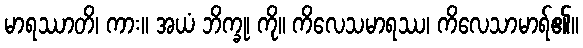
မာရဿာတိ၊ ကား။ အယံ ဘိက္ခု၊ ကို။ ကိလေသမာရဿ၊ ကိလေသာမာရ်၏။